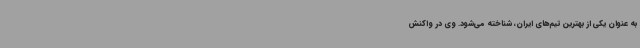
به عنوان یکی از بهترین‌ تیم‌های ایران، شناخته می‌شود. وی در واکنش